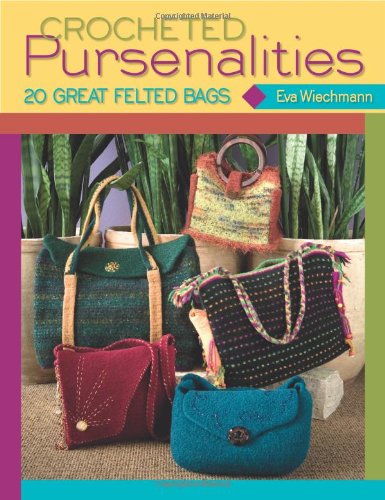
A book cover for Crocheted Pursenalities: 20 Great Felted Bags; Eva Wiechmann; Crafts, Hobbies & Home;